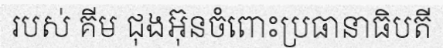
របស់ គីម ជុងអ៊ុនចំពោះប្រធានាធិបតី